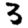
Digit: 3